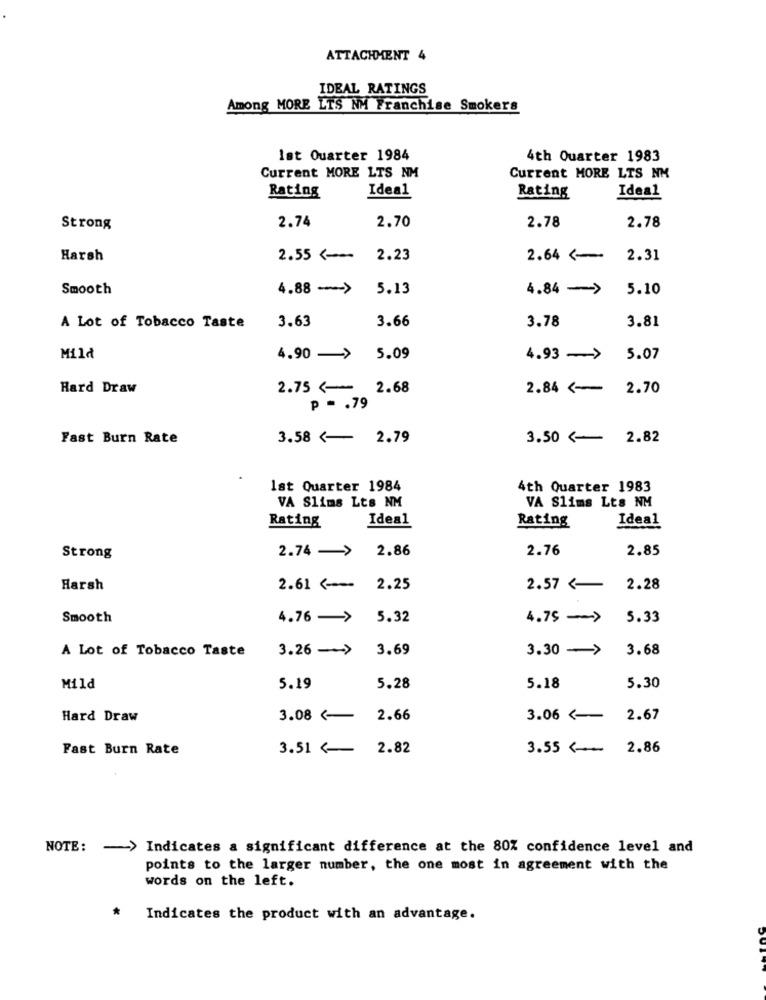
ATTACHMENT 4
IDEAL RATINGS
Among MORE LTS NM Franchise Smokers
lat Quarter 1984
4th Quarter 1983
Current MORE LTS NM
Current MORE LTS NK
Ideal
Ideal
Rating
Rating
2.74
2.78
Strong
2.70
2.78
Harsh
2.55 ~~ 2.23
2.64 -
2.31
Smooth
4.88 ->
5.13
4.84 ->
5.10
3.66
3.81
A Lot of Tobacco Taste
3.63
3.78
Mild
4.90 -> 5.09
4.93 ->
5.07
Hard Draw
2.75 <- 2.68
2.84 <-
2.70
p =. 79
Fast Burn Rate
3.58 <- 2.79
3.50 <- 2.82
Ist Quarter 1984
4th Quarter 1983
VA Slims Lts NM
VA Slims Lts NM
Rating
Ideal
Rating
Ideal
2.74 -> 2.86
2.76
2.85
Strong
Harsh
2.61 (
2.25
2.57 <-
2.28
Smooth
4.76 ->
5.32
4.75 ->
5.33
A Lot of Tobacco Taste
3.26 ->
3.69
3.30 ->
3.68
Mild
5.19
5.28
5.18
5.30
Hard Draw
3.08 <-
2.66
3.06 <-
2.67
Fast Burn Rate
3.51 <-
2.82
3.55 (
2.86
NOTE: - > Indicates a significant difference at the 80% confidence level and
points to the larger number, the one most in agreement with the
words on the left.
*
Indicates the product with an advantage.